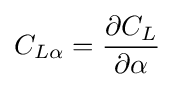
C_{L\alpha }={\frac {\partial C_{L}}{\partial \alpha }}